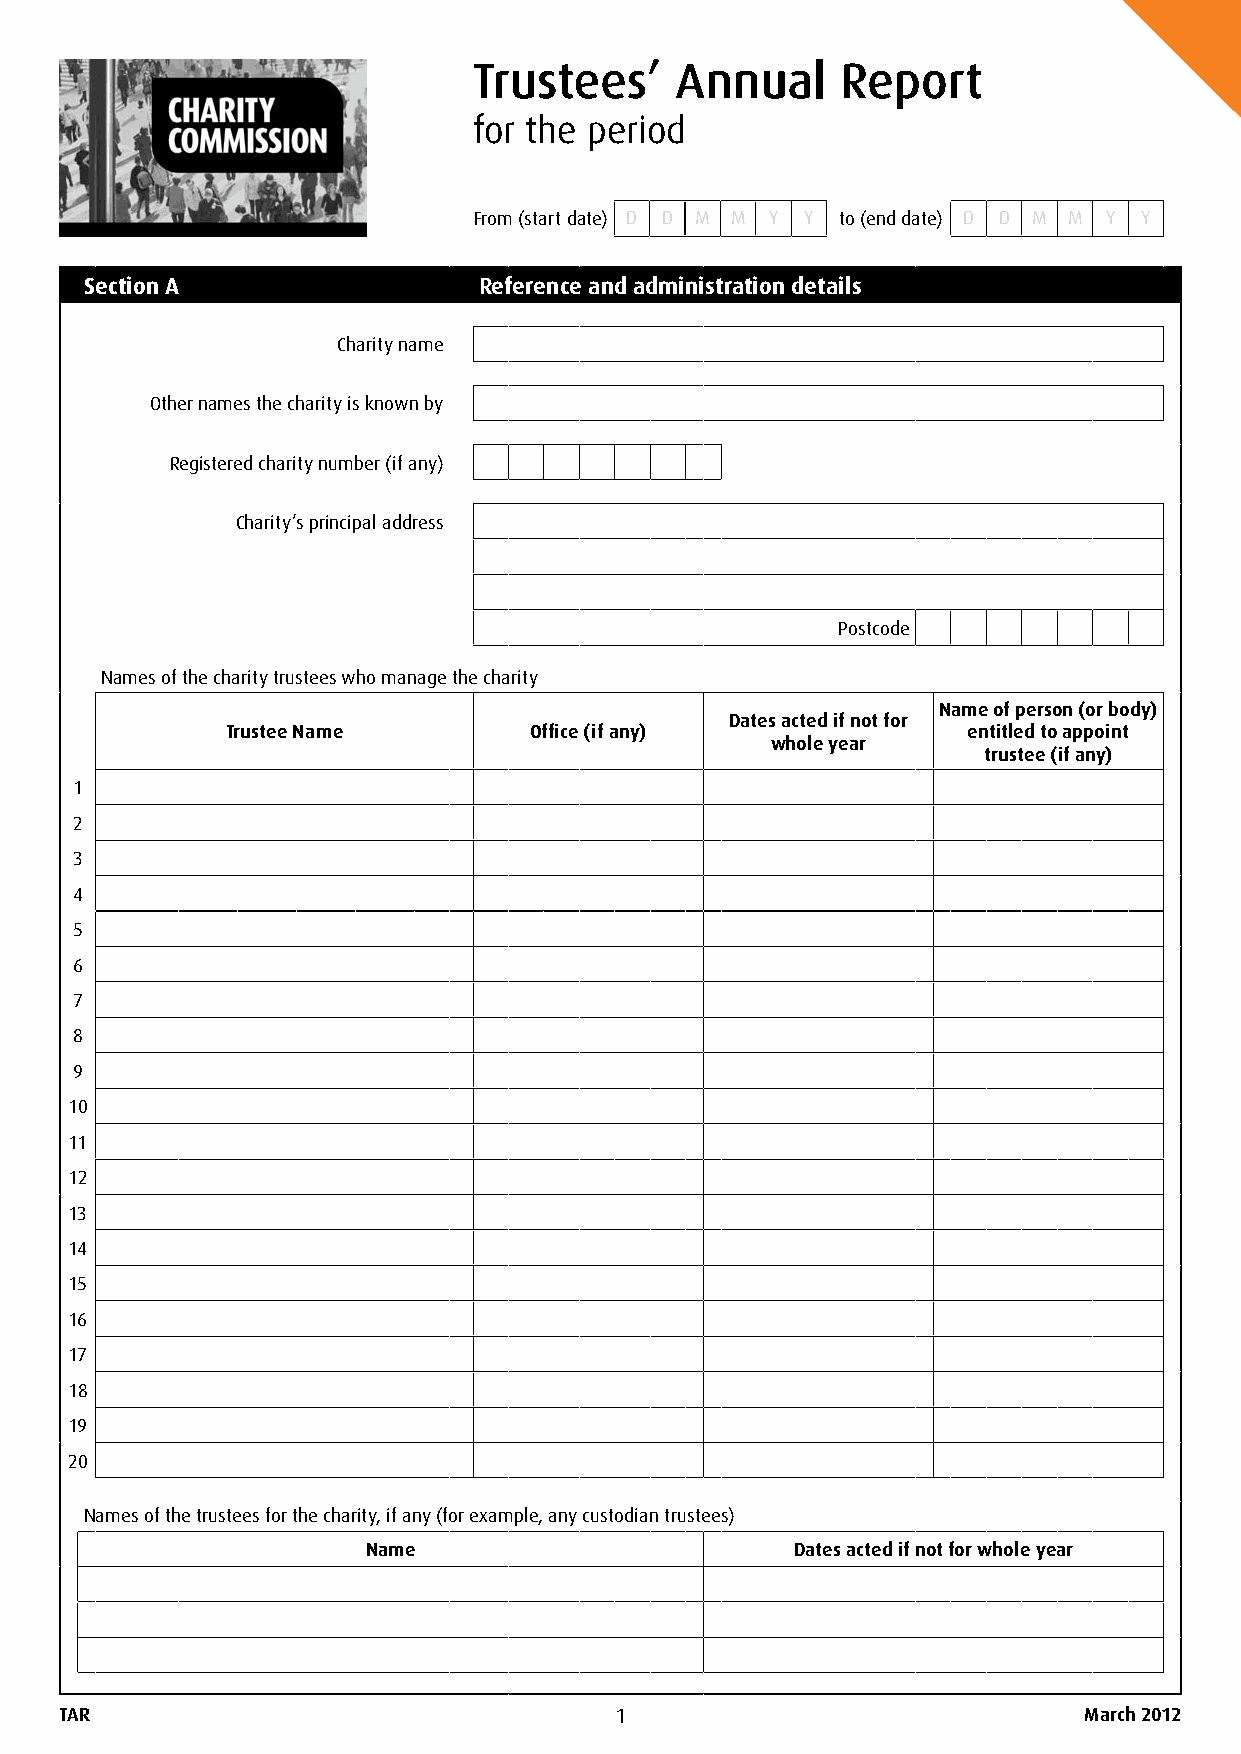
Trustees’     Annual     Report
 for the period
 From (start date) D D M M Y Y to (end date) D D M M Y Y
 Section A                 Reference and administration details
 Charity name
 Other names the charity is known by
 Registered charity number (if any)
 Charity’s principal address
 Postcode
 Names of the charity trustees who manage the charity
 Name of person (or body)
 Dates acted if not for
 Trustee Name        Office (if any)              entitled to appoint
 whole year
 trustee (if any)
 1
 2
 3
 4
 5
 6
 7
 8
 9
 10
 11
 12
 13
 14
 15
 16
 17
 18
 19
 20
 Names of the trustees for the charity, if any (for example, any custodian trustees)
 Name                         Dates acted if not for whole year
 TAR                                  1                              March 2012